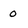
Character: 0